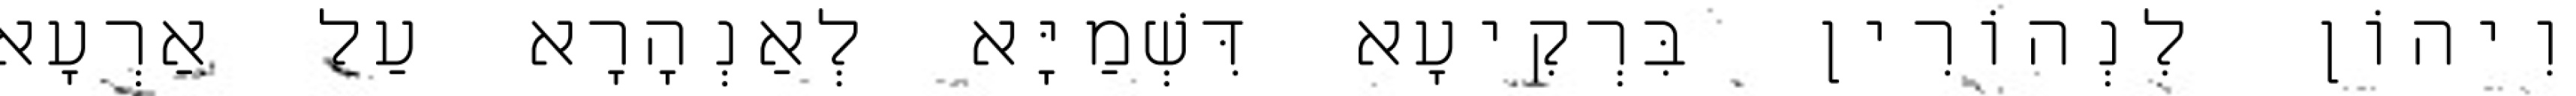
וִיהוֹן לִנְהוֹרִין בִּרְקִיעָא דִּשְׁמַיָּא לְאַנְהָרָא עַל אַרְעָא